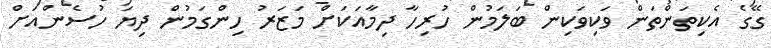
ގޭގެ އެކިތަންތަން ވަކިވަކިން ބަލަމުން ހުރިހާ ދިމާއަކަށް މަޒަރު ހިންގަމުން ދިޔަ ހުސެންއަށް